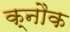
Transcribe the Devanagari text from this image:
क्नौक